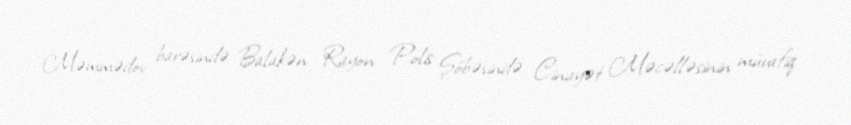
Məmmədov barəsində Balakən Rayon Polis Şöbəsində Cinayət Məcəlləsinin müvafiq